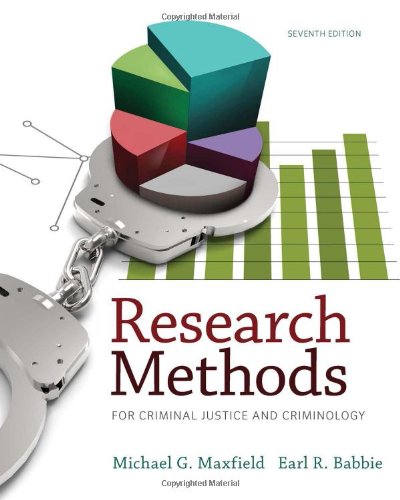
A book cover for Research Methods for Criminal Justice and Criminology; Michael G. Maxfield; Education & Teaching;